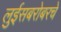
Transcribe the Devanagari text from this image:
लुईसबरोबरचे